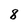
Character: 8